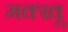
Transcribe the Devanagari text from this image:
मक्खू